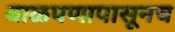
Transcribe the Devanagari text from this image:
बाळपणापासूनच